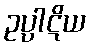
ဥပ္ပါဋိယ